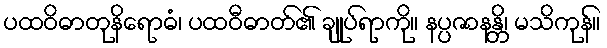
ပထဝိဓာတုနိရောဓံ၊ ပထဝီဓာတ်၏ ချုပ်ရာကို။ နပ္ပဇာနန္တိ၊ မသိကုန်။